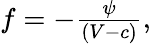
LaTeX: \begin{array}{r}{f=-\frac{\psi}{(V-c)},}\end{array}